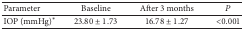
<table><thead><tr><td><b>Parameter</b></td><td><b>Baseline</b></td><td><b>After 3 months</b></td><td><b><i>P</i></b></td></tr></thead><tbody><tr><td>IOP (mmHg)*</td><td>23.80 ± 1.73</td><td>16.78 ± 1.27</td><td>&lt;0.001</td></tr></tbody></table>